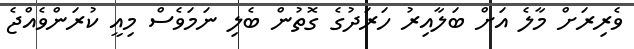
ވެރިރަށް މާލެ އަށް ބަލާއިރު ހަރަދުގެ ގޮތުން ބެލި ނަމަވެސް މިއީ ކުރަންވެއްޖެ